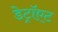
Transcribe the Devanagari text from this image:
डेट्रॉएट